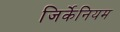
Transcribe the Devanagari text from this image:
जिर्केनियम